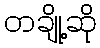
တချို့ဆို